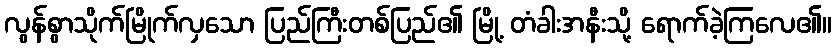
လွန်စွာသိုက်မြိုက်လှသော ပြည်ကြီးတစ်ပြည်၏ မြို့ တံခါးအနီးသို့ ရောက်ခဲ့ကြလေ၏။